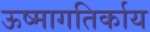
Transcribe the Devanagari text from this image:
ऊष्मागतिर्काय